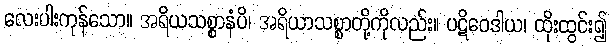
လေးပါးကုန်သော။ အရိယသစ္စာနံပိ၊ အရိယာသစ္စာတို့ကိုလည်း။ ပဋိဝေဒါယ၊ ထိုးထွင်း၍